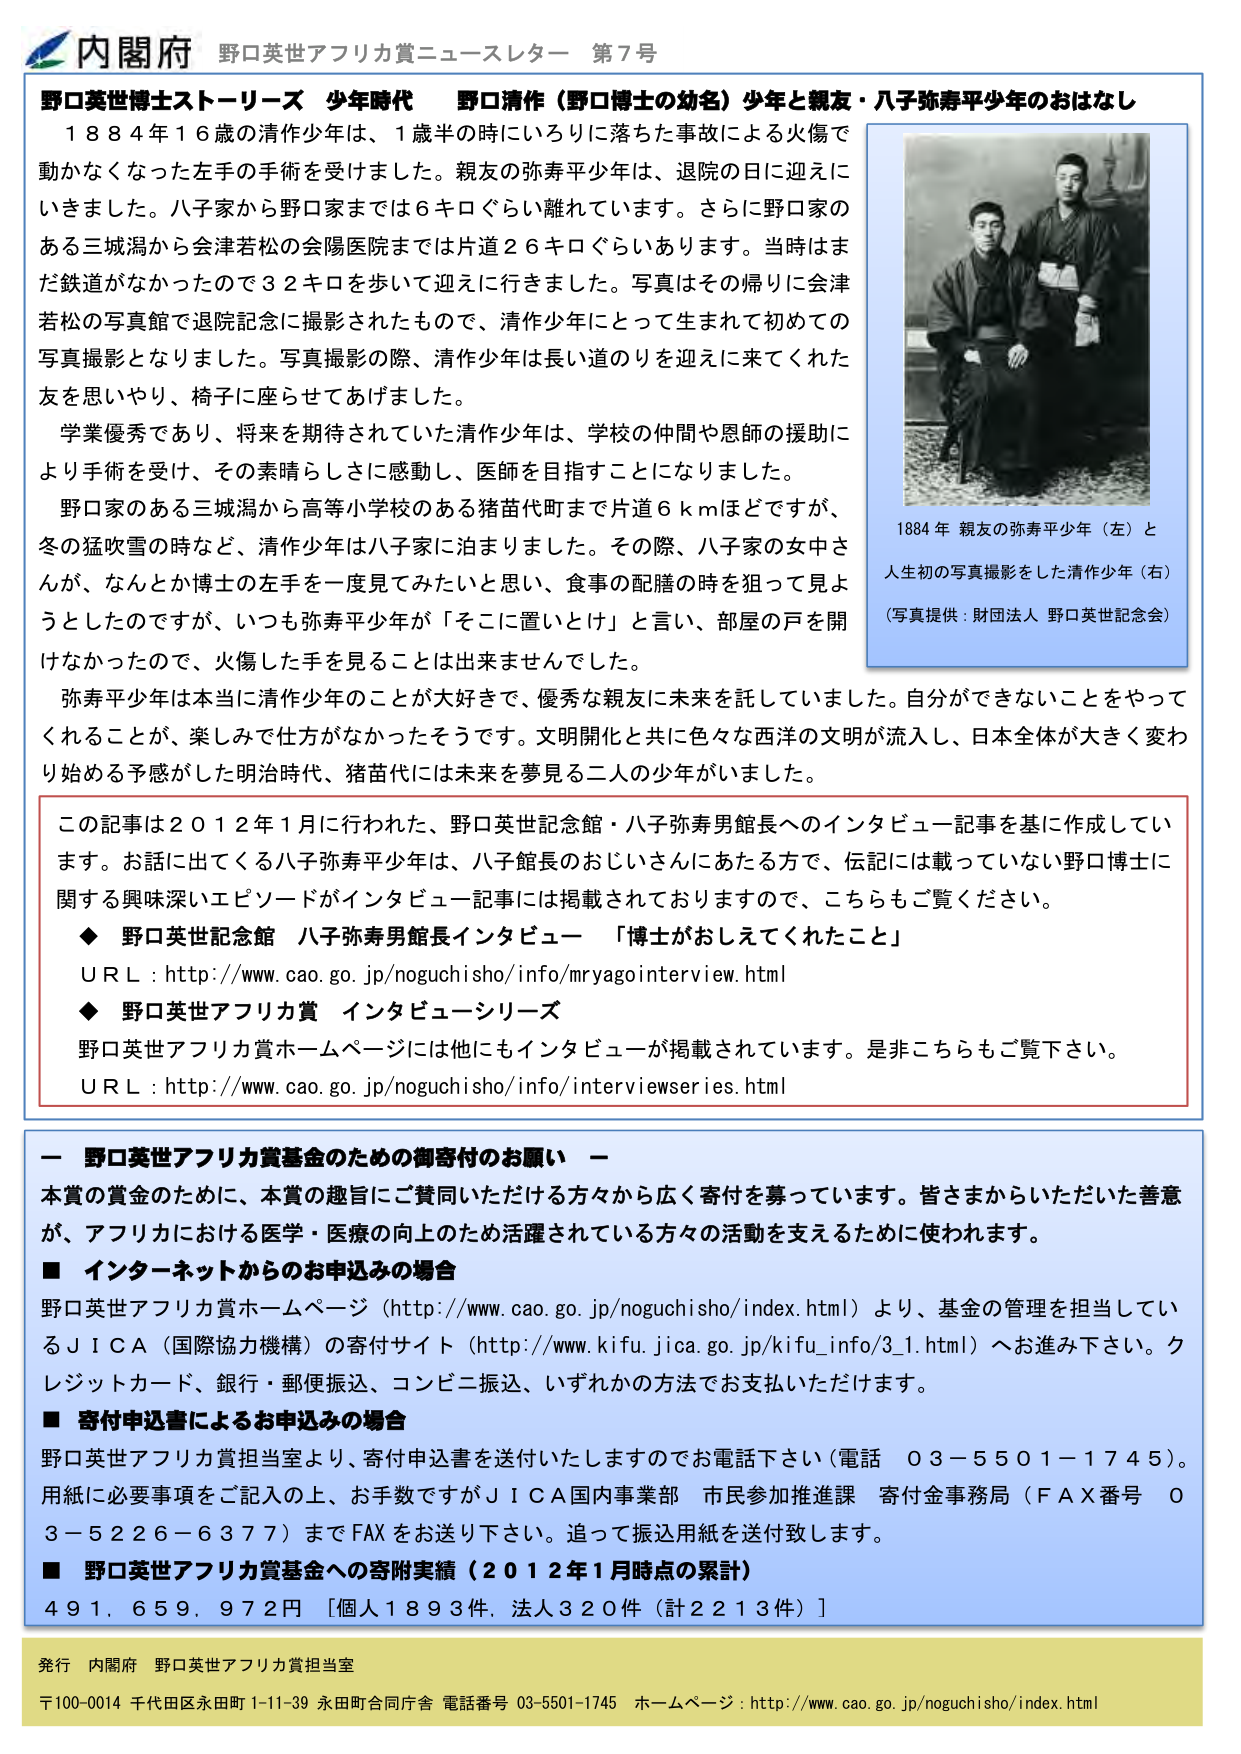
内閣府 野口英世アフリカ賞ニュースレター 第7号

野口英世博士ストーリーズ 少年時代 野口清作（野口博士の幼名）少年と親友・八子弥寿平少年のおはなし

１８８４年１６歳の清作少年は、１歳半の時にいろりに落ちた事故による火傷で動かなくなった左手の手術を受けました。親友の弥寿平少年は、退院の日に迎えにいきました。八子家から野口家までは６キロぐらい離れていてます。さらに野口家のある三城潟から会津若松の会陽医院までは片道２６キロぐらいあります。当時はまだ鉄道がなかったので３２キロを歩いて迎えに行きました。写真はその帰りに会津若松の写真館で退院記念に撮影されたもので、清作少年にとって生まれて初めての写真撮影となりました。写真撮影の際、清作少年は長い道のりを迎えて来てくれた友を思いやり、椅子に座らせてあげました。

学業優秀であり、将来を期待されていた清作少年は、学校の仲間や恩師の援助により手術を受け、その素晴らしさに感動し、医師を目指すことになりました。

野口家のある三城潟から高等小学校のある猪苗代町まで片道６ｋｍほどですが、冬の猛吹雪の時など、清作少年は八子家に泊まりました。その際、八子家の女中さんが、なんとか博士の左手を一度見てみたいと思い、食事の配膳の時を狙って見ようとしたのですが、いつも弥寿平少年が「そこに置いとけ」と言い、部屋の戸を開けなかったので、火傷した手を見ることは出来ませんでした。

弥寿平少年は本当に清作少年のことが大好きで、優秀な親友に未来を託していました。自分ができないことをやってくれることが、楽しみで仕方がなかったそうです。文明開化と共に色々な西洋の文明が流入し、日本全体が大きく変わり始める予感がした明治時代、猪苗代には未来を夢見る二人の少年がいました。

1884年 親友の弥寿平少年（左）と人生初の写真撮影をした清作少年（右）
（写真提供：財団法人 野口英世記念会）

この記事は２０１２年１月に行われた、野口英世記念館・八子弥寿男館長へのインタビュー記事を基に作成しています。お話に出てくる八子弥寿平少年は、八子館長のおじいさんにあたる方で、伝記には載っていない野口博士に関する興味深いエピソードがインタビュー記事には掲載されておりますので、こちらもご覧ください。

◆ 野口英世記念館 八子弥寿男館長インタビュー 「博士がおしえてくれたこと」
ＵＲＬ：http://www.cao.go.jp/noguchisho/info/mryagointerview.html

◆ 野口英世アフリカ賞 インタビューシリーズ
野口英世アフリカ賞ホームページには他にもインタビューが掲載されています。是非こちらもご覧下さい。
ＵＲＬ：http://www.cao.go.jp/noguchisho/info/interviewseries.html

ー 野口英世アフリカ賞基金のための御寄付のお願い ー

本賞の賞金のために、本賞の趣旨にご賛同いただける方々から広く寄付を募っています。皆さまからいただいた善意が、アフリカにおける医学・医療の向上のため活躍されている方々の活動を支えるために使われます。

■ インターネットからのお申込みの場合
野口英世アフリカ賞ホームページ（http://www.cao.go.jp/noguchisho/index.html）より、基金の管理を担当しているＪＩＣＡ（国際協力機構）の寄付サイト（http://www.kifu.jica.go.jp/kifu_info/3_1.html）へお進み下さい。クレジットカード、銀行・郵便振込、コンビニ振込、いずれかの方法でお支払いいただけます。

■ 寄付申込書によるお申込みの場合
野口英世アフリカ賞担当室より、寄付申込書を送付いたしますのでお電話下さい（電話 ０３－５５０１－１７４５）。用紙に必要事項をご記入の上、お手数ですがＪＩＣＡ国内事業部 市民参加推進課 寄付金事務局（ＦＡＸ番号 ０３－５２２６－６３７７）までＦＡＸをお送り下さい。追って振込用紙を送付致します。

■ 野口英世アフリカ賞基金への寄附実績（２０１２年１月時点の累計）
４９１，６５９，９７２円 ［個人１８９３件、法人３２０件（計２２１３件）］

発行 内閣府 野口英世アフリカ賞担当室
〒100-0014 千代田区永田町1-11-39 永田町合同庁舎 電話番号 03-5501-1745 ホームページ：http://www.cao.go.jp/noguchisho/index.html